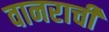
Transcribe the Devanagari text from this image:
वानराची